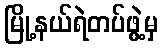
မြို့နယ်ရဲတပ်ဖွဲ့မှ